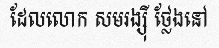
ដែលលោក សមរង្ស៊ី ថ្លែងនៅ